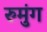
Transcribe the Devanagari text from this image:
रुमुंग